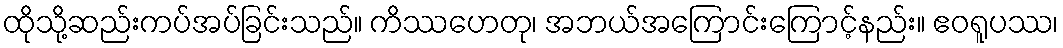
ထိုသို့ဆည်းကပ်အပ်ခြင်းသည်။ ကိဿဟေတု၊ အဘယ်အကြောင်းကြောင့်နည်း။ ဧဝရူပဿ၊